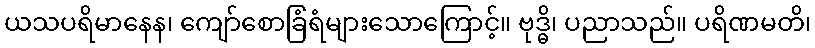
ယသပရိမာနေန၊ ကျော်စောခြံရံများသောကြောင့်။ ဗုဒ္ဓိ၊ ပညာသည်။ ပရိဏမတိ၊